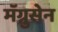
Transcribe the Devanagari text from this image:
मॅग्नुसेन